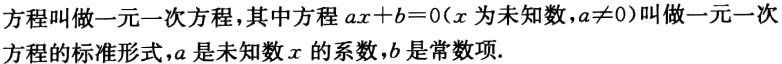
方程叫做一元一次方程，其中方程\(ax + b = 0\)（\(x\)为未知数，\(a\neq0\)）叫做一元一次方程的标准形式，\(a\)是未知数\(x\)的系数，\(b\)是常数项.